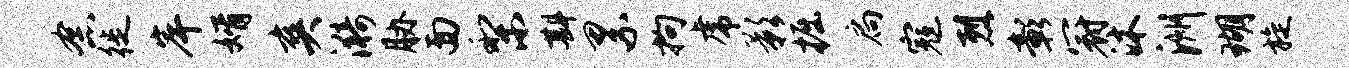
念徙岸婿爽漪胁面梨斟累拘虎影掘扃寇烈彰冠沐洲瑚旋